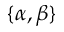
\{ \alpha , \beta \}